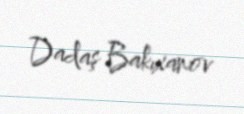
Dadaş Bakıxanov